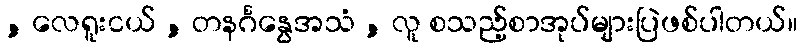
, လေရူးငယ် , တနင်္ဂနွေအသံ , လူ စသည့်စာအုပ်များပြဲဖစ်ပါတယ်။